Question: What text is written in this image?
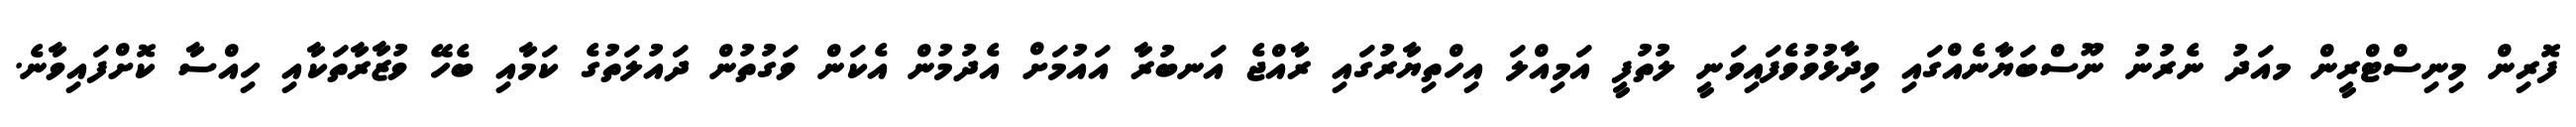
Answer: ފޮރިން މިނިސްޓްރީން މއަދު ނެރުނު ނޫސްބަޔާނެއްގައި ވިދާޅުވުވެފައިވަނީ ލުތުފީ އަމިއްލަ އިހްތިޔާރުގައި ރާއްޖެ އަނބުރާ އައުމަށް އެދުމުން އެކަން ވަގުތުން ދައުލަތުގެ ކަމާއި ބެހޭ ވުޒާރާތަކާއި ހިއްސާ ކޮށްފައިވާނެ.